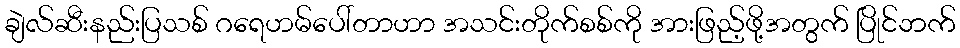
ချဲလ်ဆီးနည်းပြသစ် ဂရေဟမ်ပေါ်တာဟာ အသင်းတိုက်စစ်ကို အားဖြည့်ဖို့အတွက် ပြိုင်ဘက်